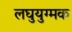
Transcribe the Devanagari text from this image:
लघुयुग्मक